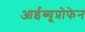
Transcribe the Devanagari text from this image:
आईब्यूप्रोफेन